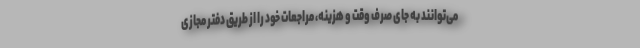
می‌توانند به جای صرف وقت و هزینه، مراجعات خود را از طریق دفتر مجازی